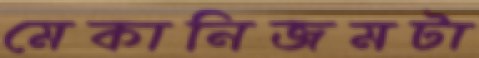
মেকানিজমটা